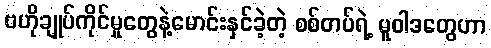
ဗဟိုချုပ်ကိုင်မှုတွေနဲ့မောင်းနှင်ခဲ့တဲ့ စစ်တပ်ရဲ့ မူဝါဒတွေဟာ